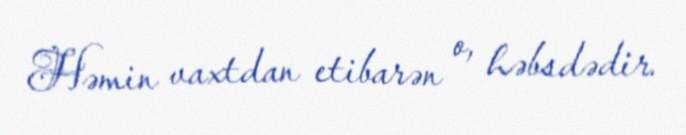
Həmin vaxtdan etibarən o, həbsdədir.